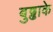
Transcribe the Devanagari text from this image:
बुढ्ढाके